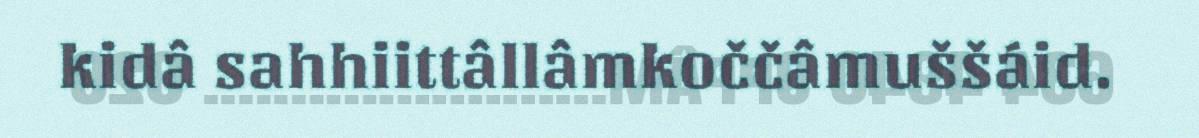
kidâ sahhiittâllâmkoččâmuššáid.